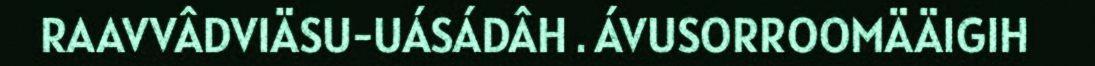
RAAVVÂDVIÄSU-UÁSÁDÂH . ÁVUSORROOMÄÄIGIH